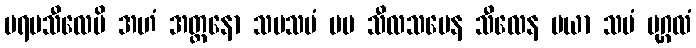
ပရမသီလေပိ အဟံ အတ္တနော သမသမံ မမ သီလသမေန သီလေန မယာ သမံ ပုဂ္ဂလံ